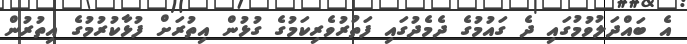
އެ ބައްދަލުވުމުގައި ދެ ގައުމުގެ ދެމެދުގައި ފަތުރުވެރިކަމުގެ ގުޅުން އިތުރަށް ފުޅާކުރުމުގެ އިތުރުން